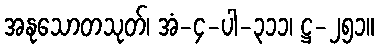
အနုသောတသုတ်၊ အံ-၄-ပါ-၃၁၁၊ ဋ္ဌ-၂၅၁။